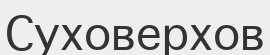
Суховерхов